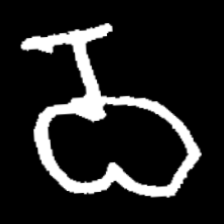
Pyu character \u2014 Myanmar letter: ဝ (romanized: wa)